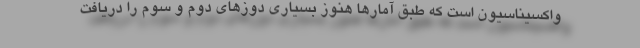
واکسیناسیون است که طبق آمارها هنوز بسیاری دوزهای دوم و سوم را دریافت